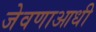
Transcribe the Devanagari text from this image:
जेवणाआधी